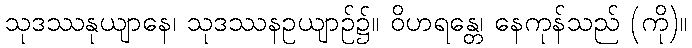
သုဒဿနုယျာနေ၊ သုဒဿနဥယျာဉ်၌။ ဝိဟရန္တေ၊ နေကုန်သည် (ကို)။